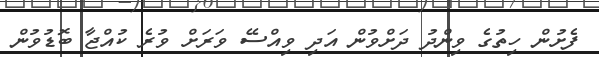
ފެށުން ހިތުގެ ވިންދު ދަށްވުން އަދި ވިއްސޭ ވަރަށް ވުރެ ކުއްޖާ ބޮޑުވުން